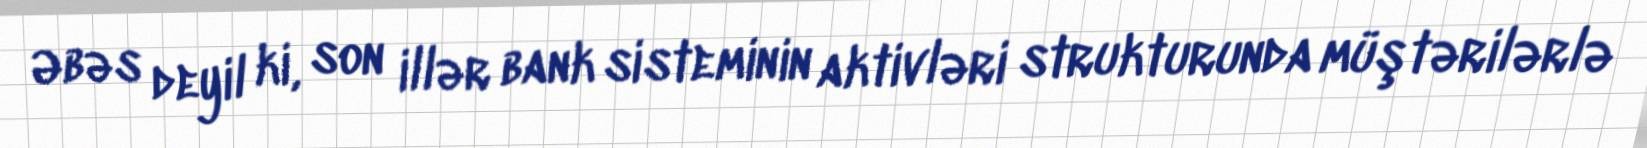
Əbəs deyil ki, son illər bank sisteminin aktivləri strukturunda müştərilərlə